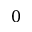
0